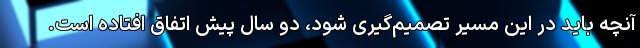
آنچه باید در این مسیر تصمیم‌گیری شود، دو سال پیش اتفاق افتاده است.